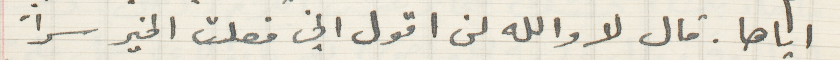
اياها. قال لا والله لن اقول اني فعلت الخير سراً